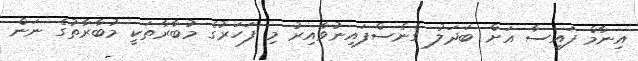
އިނާމް ފައިސާ އަށް ބަދަލު ގެނެސްފައިނުވާއިރު މި ފަހަރުގެ މުބާރާތަކީ މުބާރާތުގެ ނަން